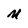
Character: M